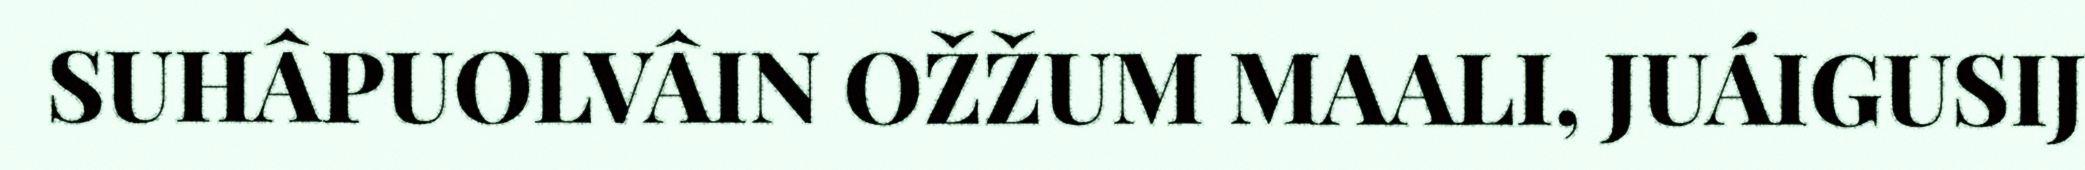
SUHÂPUOLVÂIN OŽŽUM MAALI, JUÁIGUSIJ